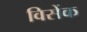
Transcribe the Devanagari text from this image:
विसेंक